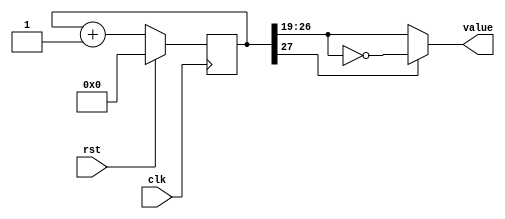
`timescale 1ns / 1ps
//////////////////////////////////////////////////////////////////////////////////
// Company: 
// Engineer: 
// 
// Design Name: 
// Module Name:    counter 
// Project Name: 
// Target Devices: 
// Tool versions: 
// Description: 
//
// Dependencies: 
//
// Revision: 
// Revision 0.01 - File Created
// Additional Comments: 
//
//////////////////////////////////////////////////////////////////////////////////
module counter(
	input clk,
	input rst,
	output reg [7:0] value
    );
	 
reg [27:0] ctr_q, ctr_d;

always @(ctr_q) begin
	ctr_d = ctr_q + 1'b1;
	
	if(ctr_q[27]) begin
		value = ~ctr_q[26:19];
	end else begin
		value = ctr_q[26:19];
	end
end

always @(posedge clk) begin
	
	if(rst) begin
		ctr_q <= 1'b0;
	end else begin
		ctr_q <= ctr_d;
	end
	
end

endmodule